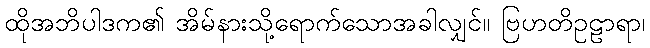
ထိုအဘိပါဒက၏ အိမ်နားသို့ရောက်သောအခါလျှင်။ ဗြဟတိဥဠာရာ၊